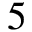
5